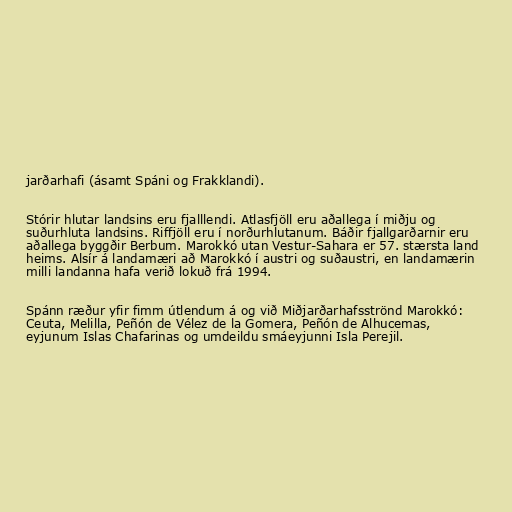
jarðarhafi (ásamt Spáni og Frakklandi).

Stórir hlutar landsins eru fjalllendi. Atlasfjöll eru aðallega í miðju og
suðurhluta landsins. Riffjöll eru í norðurhlutanum. Báðir fjallgarðarnir eru
aðallega byggðir Berbum. Marokkó utan Vestur-Sahara er 57. stærsta land
heims. Alsír á landamæri að Marokkó í austri og suðaustri, en landamærin
milli landanna hafa verið lokuð frá 1994.

Spánn ræður yfir fimm útlendum á og við Miðjarðarhafsströnd Marokkó:
Ceuta, Melilla, Peñón de Vélez de la Gomera, Peñón de Alhucemas,
eyjunum Islas Chafarinas og umdeildu smáeyjunni Isla Perejil.